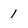
Character: 1